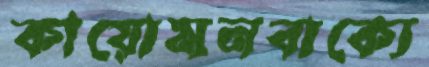
কায়োমনবাক্যে